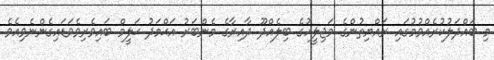
މި ބައްދަލުކުރެއްވުމުގައި ރައްޔިތުންގެ މަޖިލީހުގެ ބިލެއްދޫ ދާއިރާގެ މެންބަރު އަޙްމަދު ޙަލީމް ބައިވެރިވެވަޑައިގެންނެވިއެވެ.